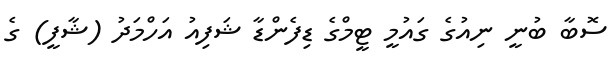
ސޮބާ ބުނީ ނިއުގެ ގައުމީ ޓީމްގެ ޑިފެންޑާ ޝަފިއު އަހްމަދު (ޝާފީ) ގެ